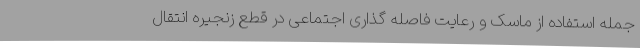
جمله استفاده از ماسک و رعایت فاصله گذاری اجتماعی در قطع زنجیره انتقال